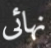
نهائى